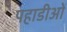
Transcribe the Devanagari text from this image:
पहाडीओं